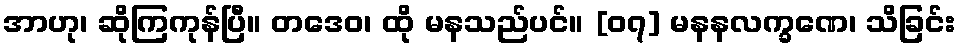
အာဟု၊ ဆိုကြကုန်ပြီ။ တဒေဝ၊ ထို မနသည်ပင်။ [၀၇] မနနလက္ခဏေ၊ သိခြင်း